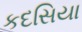
કદસિયા